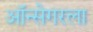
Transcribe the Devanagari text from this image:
ऑन्सेगरला